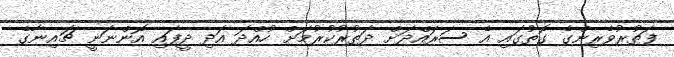
ފަތުރުވެރިންގެ ގޮތުގައި އެ ސަރައްދަށް ދަތުރުކުރުމަށް ހުއްދަ އަދި ދީފައި އޮންނަނީ ޗައިނާގެ